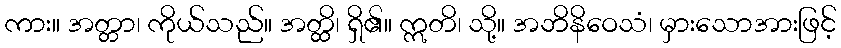
ကား။ အတ္တာ၊ ကိုယ်သည်။ အတ္ထိ၊ ရှိ၏။ ဣတိ၊ သို့။ အဘိနိဝေသံ၊ မှားသောအားဖြင့်